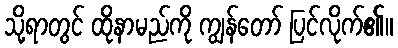
သို့ရာတွင် ထိုနာမည်ကို ကျွန်တော် ပြင်လိုက်၏။